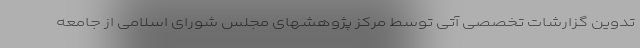
تدوین گزارشات تخصصی آتی توسط مرکز پژوهشهای مجلس شورای اسلامی از جامعه